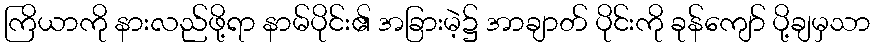
ကြိယာကို နားလည်ဖို့ရာ နာမ်ပိုင်း၏ အခြားမဲ့၌ အာချာတ် ပိုင်းကို ခုန်ကျော် ပို့ချမှသာ